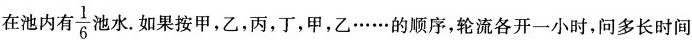
在池内有\frac{1}{6}池水。如果按甲，乙，丙，丁，甲，乙······的顺序，轮流各开一小时，问多长时间